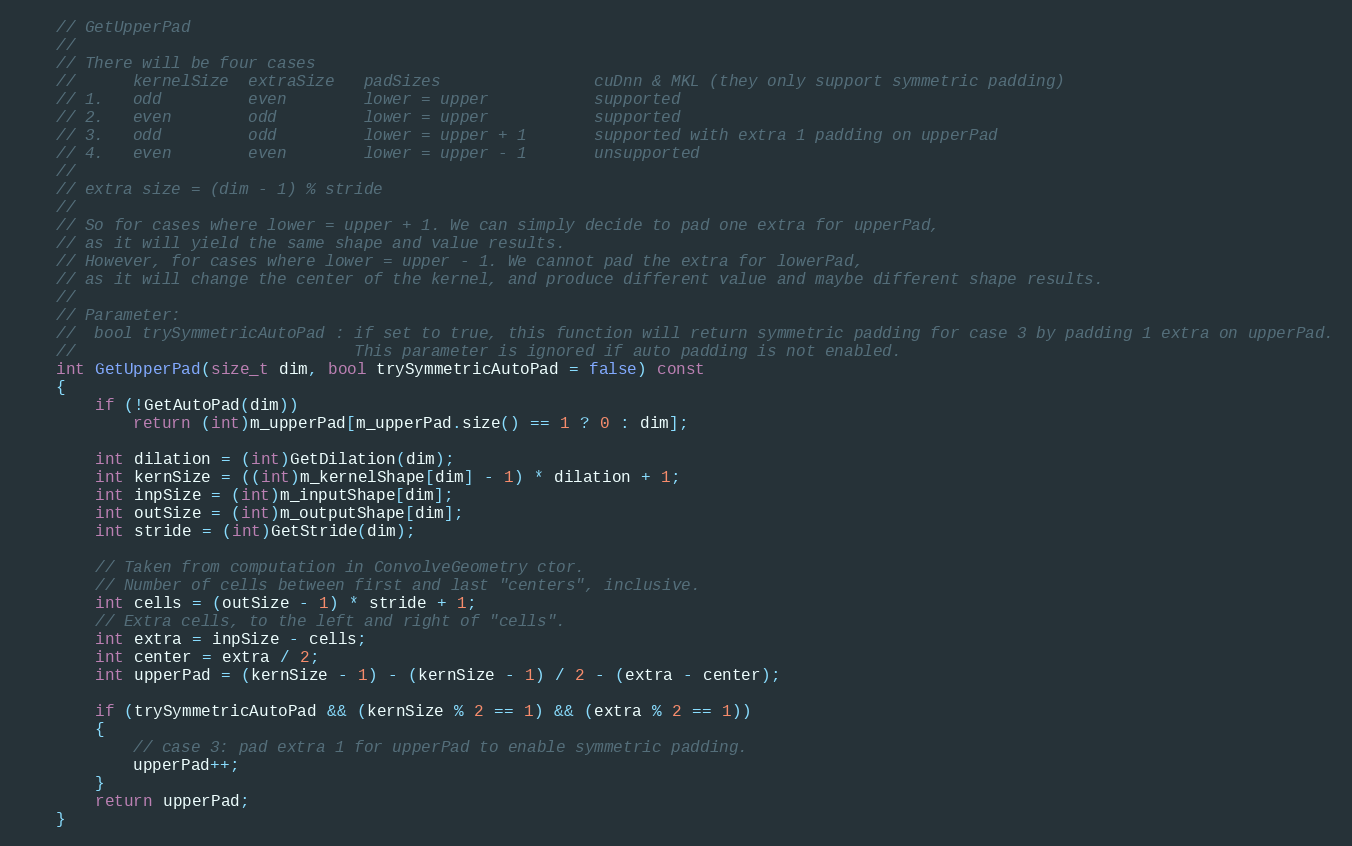
Language: C
    // GetUpperPad
    //
    // There will be four cases
    //      kernelSize  extraSize   padSizes                cuDnn & MKL (they only support symmetric padding)
    // 1.   odd         even        lower = upper           supported
    // 2.   even        odd         lower = upper           supported
    // 3.   odd         odd         lower = upper + 1       supported with extra 1 padding on upperPad
    // 4.   even        even        lower = upper - 1       unsupported
    //
    // extra size = (dim - 1) % stride
    //
    // So for cases where lower = upper + 1. We can simply decide to pad one extra for upperPad,
    // as it will yield the same shape and value results.
    // However, for cases where lower = upper - 1. We cannot pad the extra for lowerPad,
    // as it will change the center of the kernel, and produce different value and maybe different shape results.
    //
    // Parameter:
    //  bool trySymmetricAutoPad : if set to true, this function will return symmetric padding for case 3 by padding 1 extra on upperPad.
    //                             This parameter is ignored if auto padding is not enabled.
    int GetUpperPad(size_t dim, bool trySymmetricAutoPad = false) const
    {
        if (!GetAutoPad(dim))
            return (int)m_upperPad[m_upperPad.size() == 1 ? 0 : dim];

        int dilation = (int)GetDilation(dim);
        int kernSize = ((int)m_kernelShape[dim] - 1) * dilation + 1;
        int inpSize = (int)m_inputShape[dim];
        int outSize = (int)m_outputShape[dim];
        int stride = (int)GetStride(dim);

        // Taken from computation in ConvolveGeometry ctor.
        // Number of cells between first and last "centers", inclusive.
        int cells = (outSize - 1) * stride + 1;
        // Extra cells, to the left and right of "cells".
        int extra = inpSize - cells;
        int center = extra / 2;
        int upperPad = (kernSize - 1) - (kernSize - 1) / 2 - (extra - center);

        if (trySymmetricAutoPad && (kernSize % 2 == 1) && (extra % 2 == 1))
        {
            // case 3: pad extra 1 for upperPad to enable symmetric padding.
            upperPad++;
        }
        return upperPad;
    }